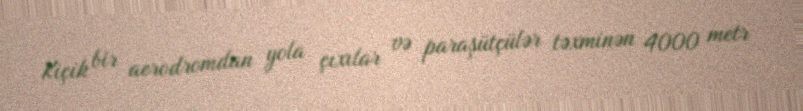
Kiçik bir aerodromdan yola çıxılar və paraşütçülər təxminən 4000 metr